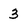
Character: 3